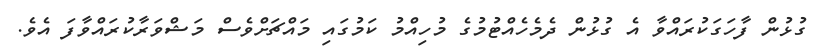
ގުޅުން ފާހަގަކުރައްވާ އެ ގުޅުން ދެމެހެއްޓުމުގެ މުހިއްމު ކަމުގައި މައްޗަށްވެސް މަޝްވަރާކުރައްވާފަ އެވެ.